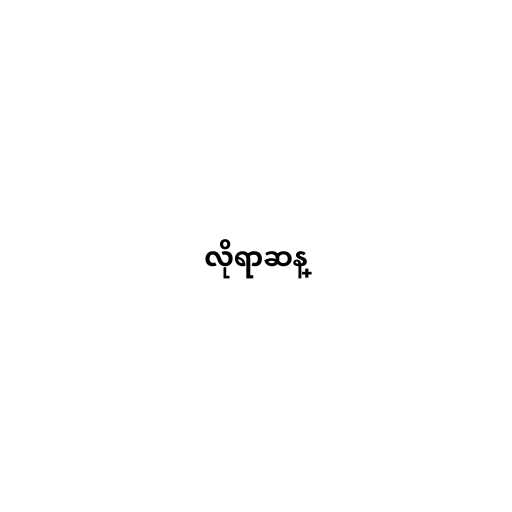
လိုရာဆန္